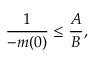
\frac { 1 } { - m ( 0 ) } \leq \frac { A } { B } ,